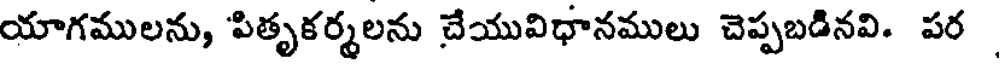
యాగములను, పితృకర్మలను చేయువిధానములు చెప్పబడినవి. పర